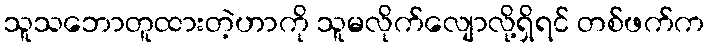
သူသဘောတူထားတဲ့ဟာကို သူမလိုက်လျောလို့ရှိရင် တစ်ဖက်က